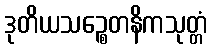
ဒုတိယသဉ္စေတနိကသုတ္တံ